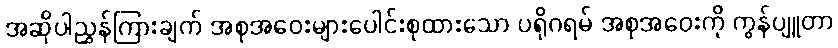
အဆိုပါညွှန်ကြားချက် အစုအဝေးများပေါင်းစုထားသော ပရိုဂရမ် အစုအဝေးကို ကွန်ပျူတာ